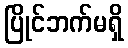
ပြိုင်ဘက်မရှိ